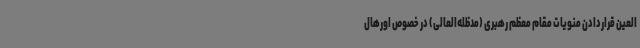
العین قراردادن منویات مقام معظم رهبری (مدظله‌العالی) در خصوص اورهال